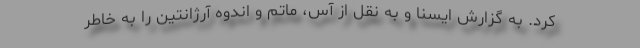
کرد. به گزارش ایسنا و به نقل از آس، ماتم و اندوه آرژانتین را به خاطر